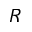
R